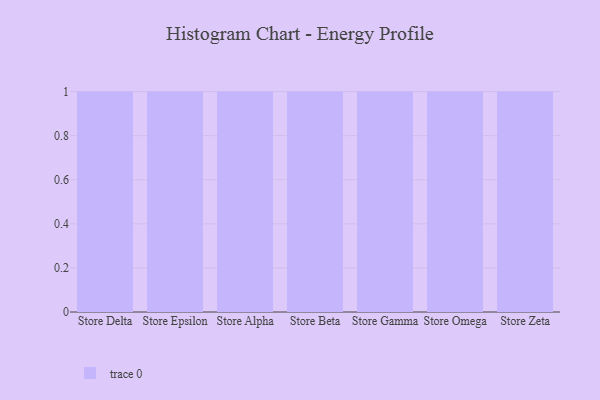
{"axis": {"x": "Store", "y": "Shipments"}, "legend": [""], "data": [{"x": "Store Delta", "y": 13, "type": ""}, {"x": "Store Epsilon", "y": 36, "type": ""}, {"x": "Store Alpha", "y": 34, "type": ""}, {"x": "Store Beta", "y": 23, "type": ""}, {"x": "Store Gamma", "y": 88, "type": ""}, {"x": "Store Omega", "y": 7, "type": ""}, {"x": "Store Zeta", "y": 43, "type": ""}]}